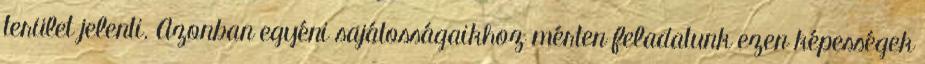
terület jelenti. Azonban egyéni sajátosságaikhoz mérten feladatunk ezen képességek